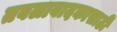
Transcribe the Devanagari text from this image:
तबलावादकासाठी